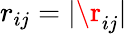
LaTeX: r_{ij}=|\r_{ij}|